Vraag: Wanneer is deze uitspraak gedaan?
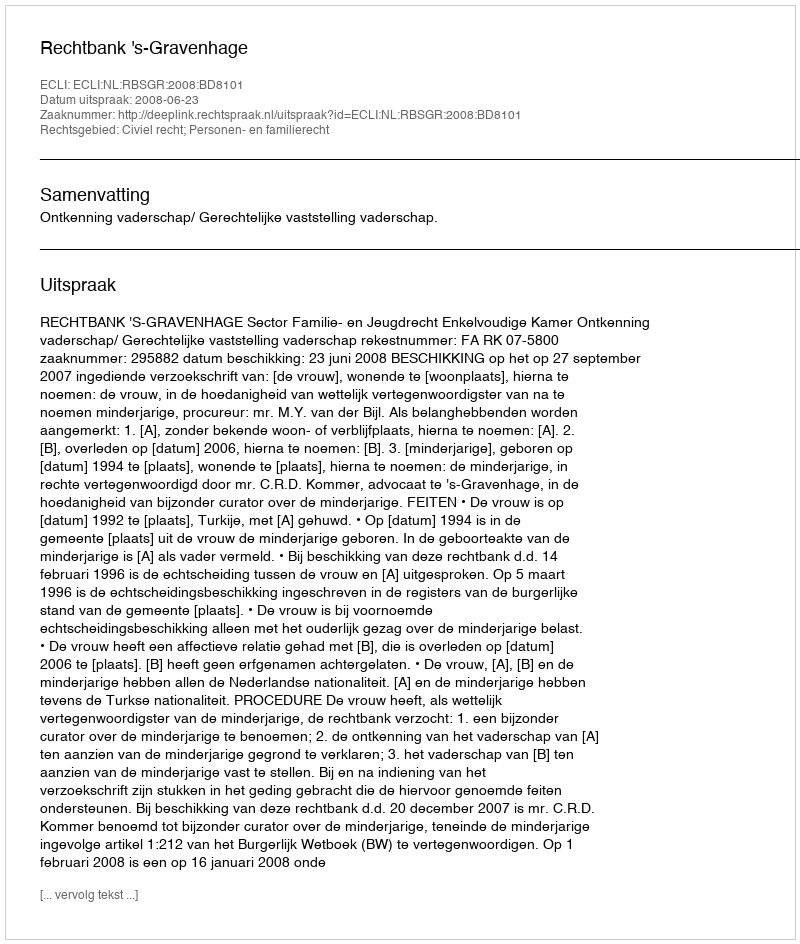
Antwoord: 2008-06-23